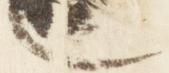
也